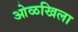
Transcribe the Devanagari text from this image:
ओळखिला